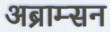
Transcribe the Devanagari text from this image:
अब्राम्सन